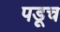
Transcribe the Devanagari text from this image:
पडूच